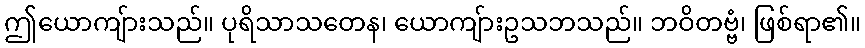
ဤယောကျ်ားသည်။ ပုရိသာသတေန၊ ယောကျ်ားဥသဘသည်။ ဘဝိတဗ္ဗံ၊ ဖြစ်ရာ၏။